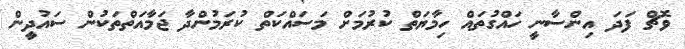
ވޮޗް ފަދަ އިންސާނީ ހައްގުތައް ހިމާޔަތް ކުރުމަށް މަސައްކަތް ކުރަމުންދާ ޖަމާއަތްތަކުން ސައުދީން